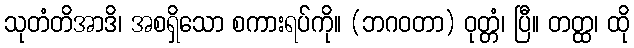
သုတံတိအာဒိ၊ အစရှိသော စကားရပ်ကို။ (ဘဂဝတာ) ဝုတ္တံ၊ ပြီ။ တတ္ထ၊ ထို